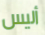
أليس